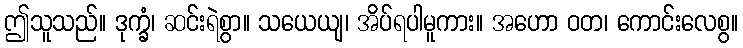
ဤသူသည်။ ဒုက္ခံ၊ ဆင်းရဲစွာ။ သယေယျ၊ အိပ်ရပါမူကား။ အဟော ဝတ၊ ကောင်းလေစွ။